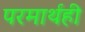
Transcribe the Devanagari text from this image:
परमार्थही